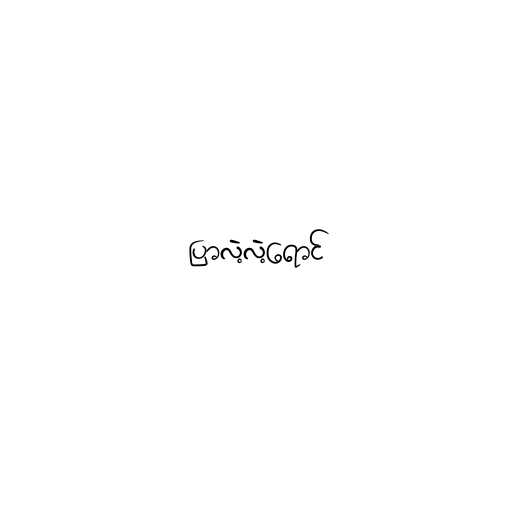
ပြာလဲ့လဲ့ရောင်